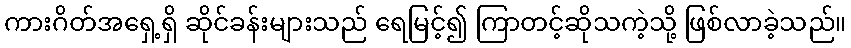
ကားဂိတ်အရှေ့ရှိ ဆိုင်ခန်းများသည် ရေမြင့်၍ ကြာတင့်ဆိုသကဲ့သို့ ဖြစ်လာခဲ့သည်။